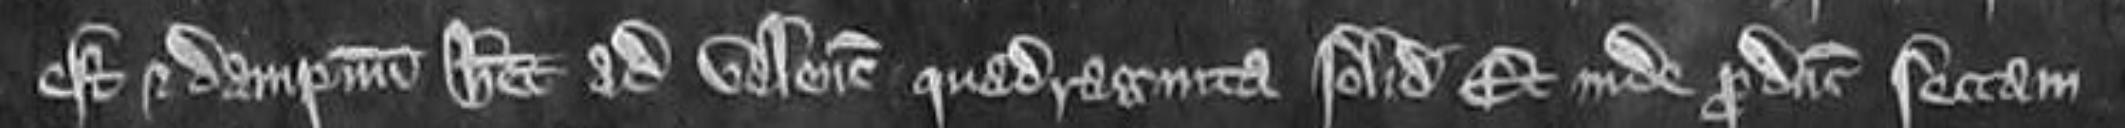
est et dampnum habet ad valenciam quadraginta solidorum Et inde producit sectam